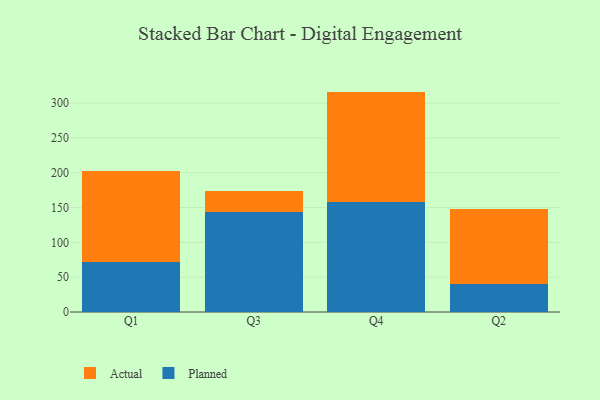
{"axis": {"x": "Quarter", "y": "Headcount"}, "legend": ["Actual", "Planned"], "data": [{"x": "Q1", "y": 71.8, "type": "Planned"}, {"x": "Q1", "y": 130.0, "type": "Actual"}, {"x": "Q3", "y": 143.8, "type": "Planned"}, {"x": "Q3", "y": 29.5, "type": "Actual"}, {"x": "Q4", "y": 158.1, "type": "Planned"}, {"x": "Q4", "y": 158.4, "type": "Actual"}, {"x": "Q2", "y": 39.6, "type": "Planned"}, {"x": "Q2", "y": 108.6, "type": "Actual"}]}